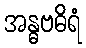
အန္ဓဗဓိရံ